Leaving Certificate Examination (including Day School Certificate (Higher) General paper), 1931
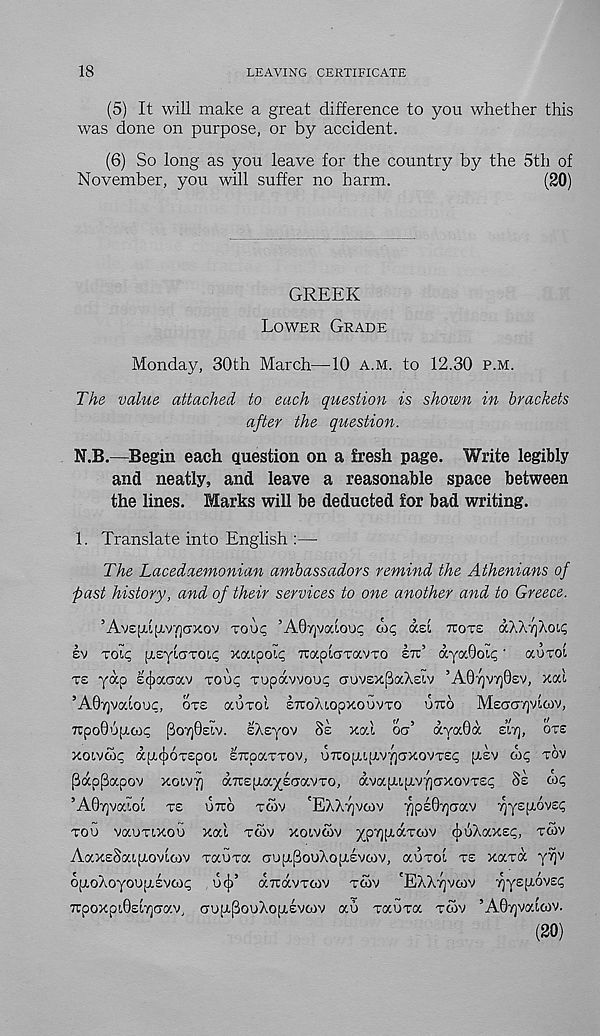
18
LEAVING CERTIFICATE
(5) It will make a great difference to you whether this
was done on purpose, or by accident.
(6) So long as you leave for the country by the 5th of
November, you will suffer no harm.
(20)
GREEK
LOWER GRADE
Monday, 30th March—10 A.M. to 12.30 P.M.
The value attached to each question is shown in brackets
after the question.
N.B.—Begin each question on a fresh page. Write legibly
and neatly, and leave a reasonable space between
the lines. Marks will be deducted for bad writing.
1. Translate into English :—
The Lacedaemonian ambassadors remind the Athenians of
past history, and of their services to one another and to Greece.
’Ave[jtt[xvjQCTXov TOU^ ’AQrjvodoui; on; txel Trove oOCkrfo^c,
sv TOI<; peylcTTOic; xoapoh; TrapiuTavTO eir’ ayaQoic;' OCOTOI
ve yap £<|>aa-av TOIK; Tupavvoo^ aov£xj3aXeiv ’A07)V7]0£V, xal
’A07)valouc, oxe aoTol ITCOALOPXOOVTO urco MeacTTjvioiv,
7rpo0o[Tco? 6o7j0£iv. eAeyov Se xal oar’ aya0a eir), ore
xot,vco(; apt^OTepO!. eTrpaTTOv, u7ropu[xv7)<TXovx£? [rev (hq xov
PapfLcpov xoivT] aTrepaxeuavTo, avapiptvfjaxovxet; Se w?
’A07]va'.oi T£ UTTO TOIV 'EXXyjVOIV TQp£07)aaV ^y£[jl6v£(;
xou vauxixou xal xwv xoivcov ^p^poaxtov cjiiiXaxe^, xGv
AaxeSaip.ovloiv xauxa CTU[I.[3OUXO[X£VCOV, auxol xe xaxa yvjv
opoXoyoo^evoi^ o(|) , aTiavxcov xoov 'EXXTJVCOV ^yefxove?
7rpoxpi0el7](7av, uopPooXopevoiv ao xauxa xo5v ’AOyjvaicov.
(20)